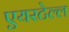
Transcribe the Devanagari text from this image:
एयरटेल्ल